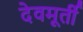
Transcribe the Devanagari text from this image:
देवमूर्ती